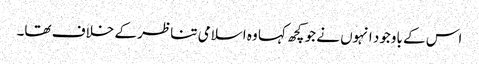
اس کے باوجود انہوں نے جو کچھ کہا وہ اسلامی تناظر کے خلاف تھا۔